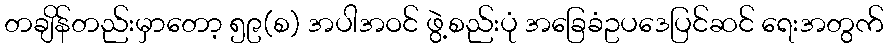
တချိန်တည်းမှာတော့ ၅၉(စ) အပါအဝင် ဖွဲ့စည်းပုံ အခြေခံဥပဒေပြင်ဆင် ရေးအတွက်